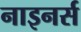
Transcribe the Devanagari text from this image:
नाइनर्स